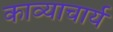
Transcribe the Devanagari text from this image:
काव्याचार्य